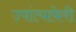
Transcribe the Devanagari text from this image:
उपांत्याफेरी